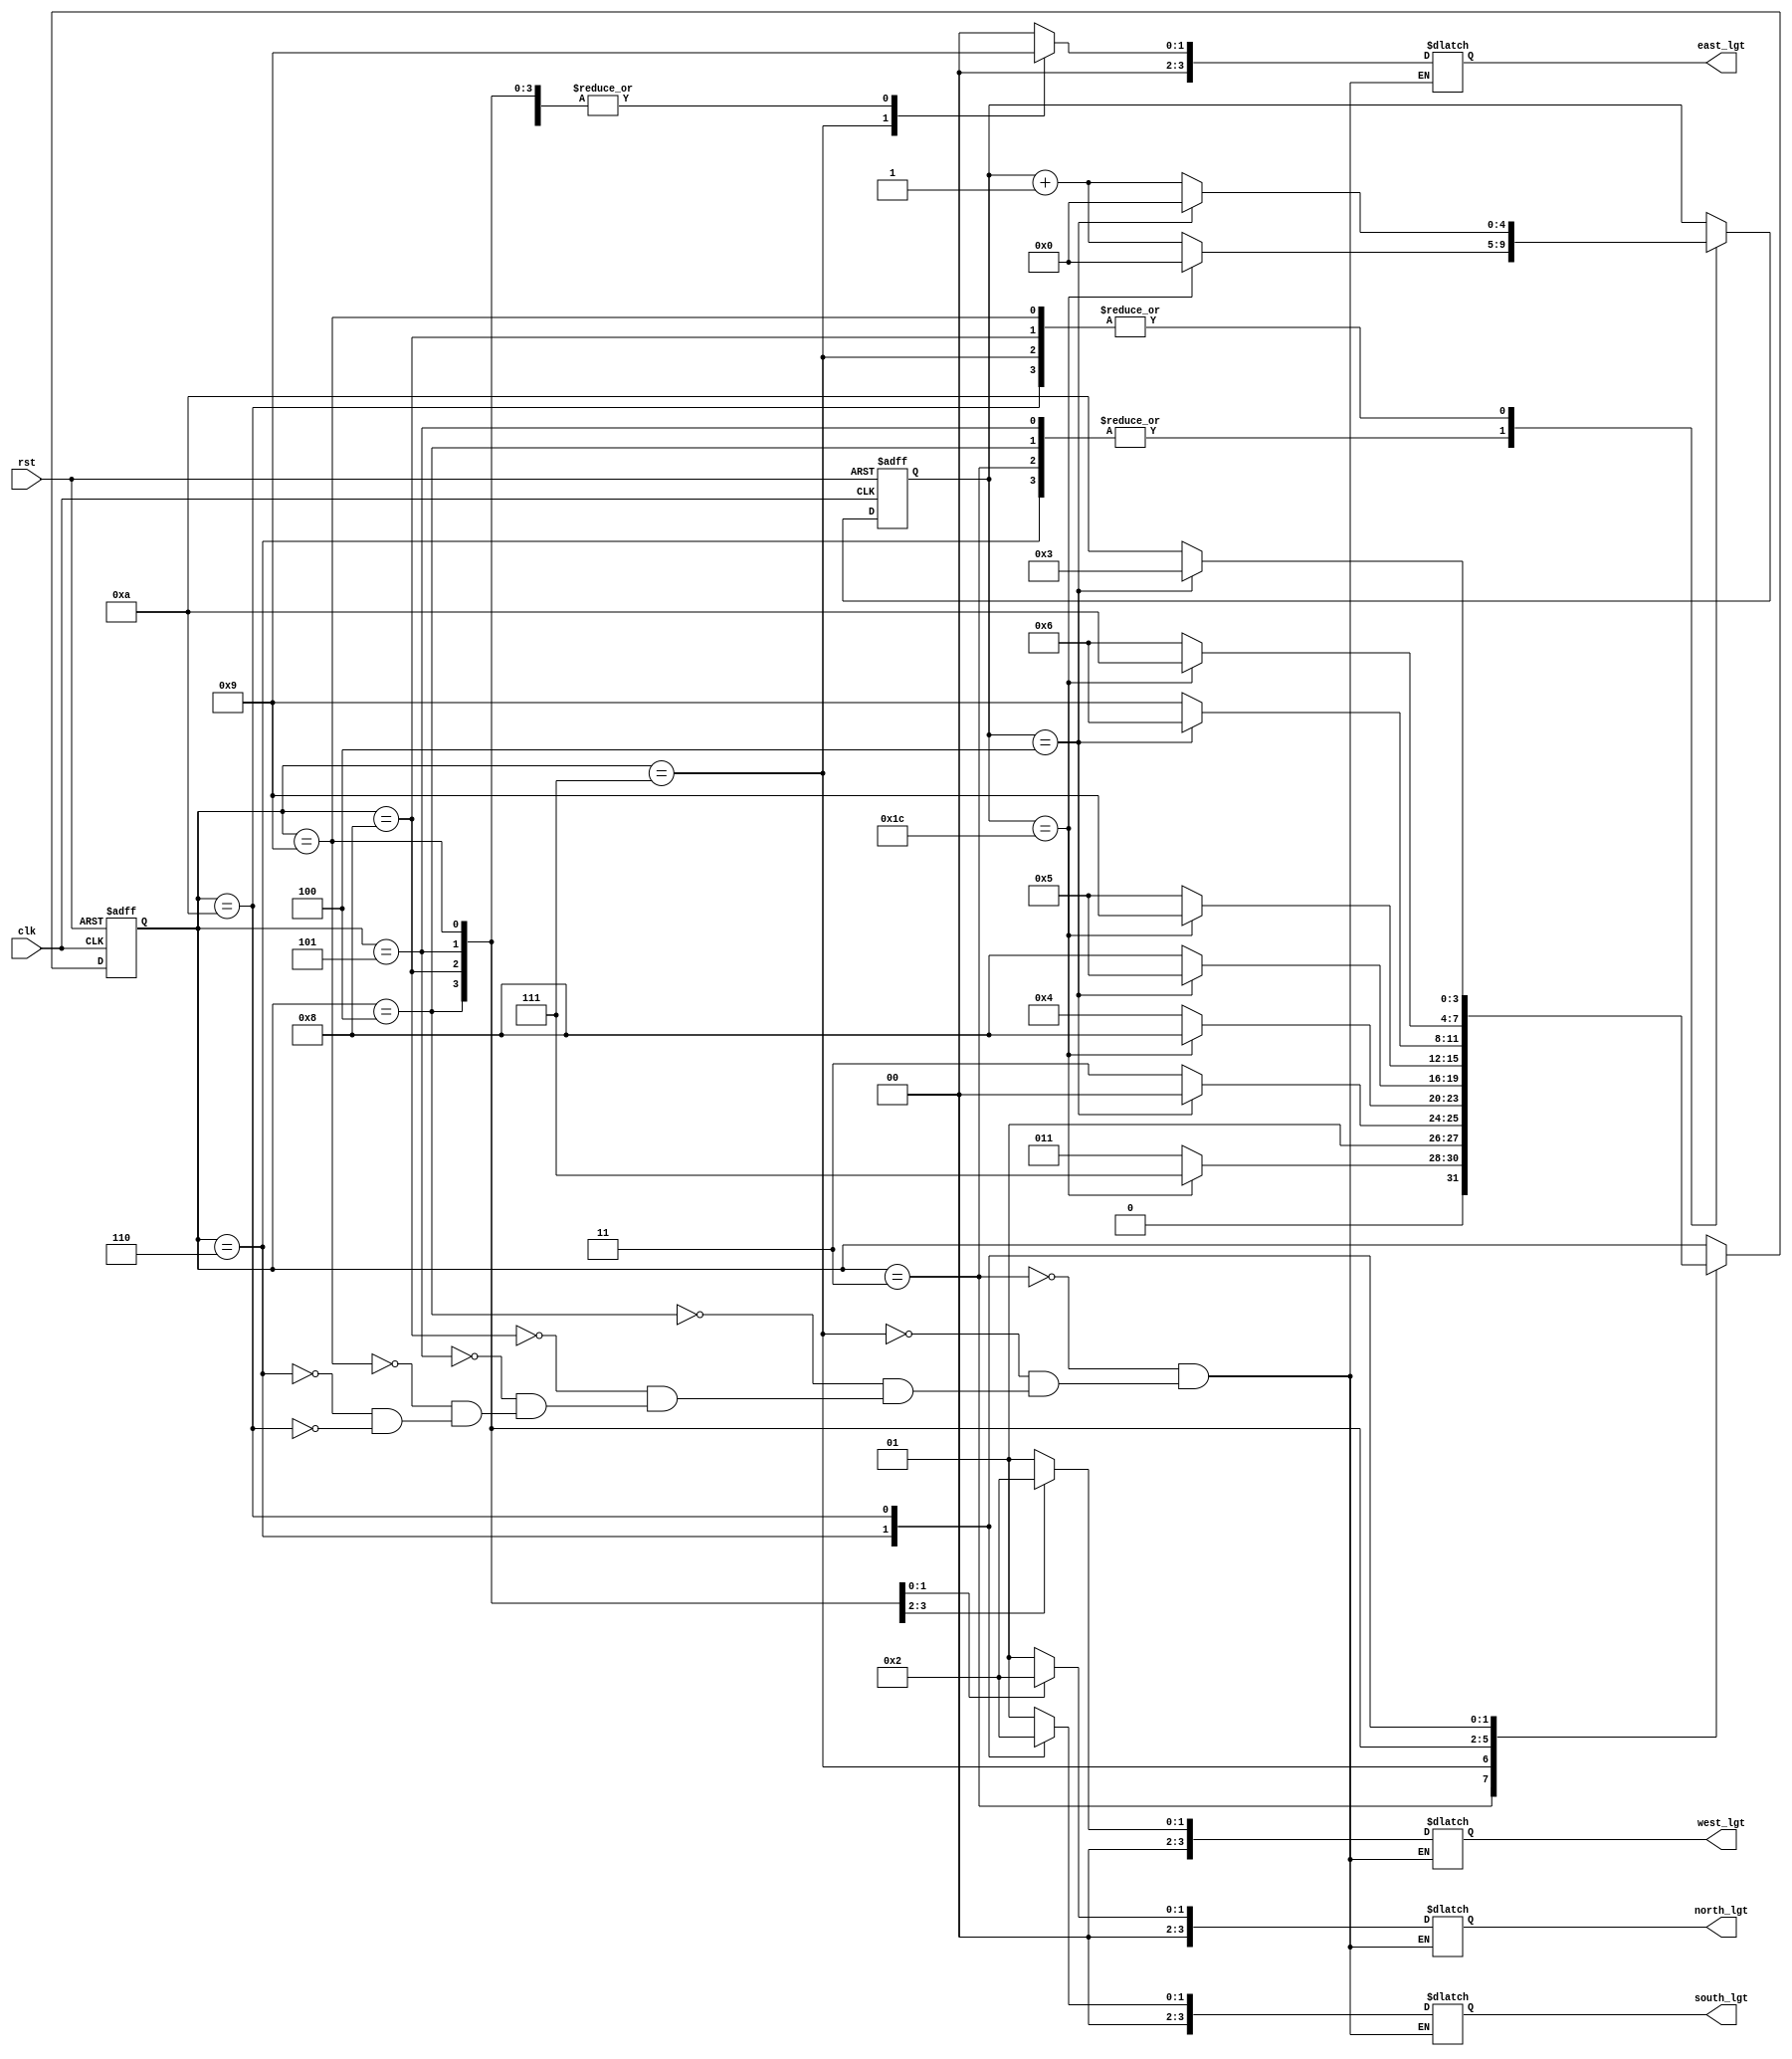
`timescale 1ns / 1ps
//////////////////////////////////////////////////////////////////////////////////
// Company: 
// Engineer: 
// 
// Design Name: 
// Module Name: trf_lgt_cont
// Project Name: 
// Target Devices: 
// Tool Versions: 
// Description: 
// 
// Dependencies: 
// 
// Revision:
// Revision 0.01 - File Created
// Additional Comments:
// 
//////////////////////////////////////////////////////////////////////////////////


module trf_lgt_cont( clk,rst,east_lgt,west_lgt,north_lgt,south_lgt);
input clk,rst;
output reg [3:0] east_lgt,west_lgt,north_lgt,south_lgt;
   

////////////  parameter of signal colour with direction  //////////////////    
parameter green = 4'b000;
parameter red = 4'b0001;
parameter yellow = 4'b0010;
parameter east_gre_lgt = 4'b0011;
parameter west_gre_lgt = 4'b0100;
parameter north_gre_lgt = 4'b0101;
parameter south_gre_lgt = 4'b0110;
parameter east_yel_lgt = 4'b0111;                            
parameter west_yel_lgt = 4'b1000;
parameter north_yel_lgt = 4'b1001;
parameter south_yel_lgt = 4'b1010;

/////////////////////  register to store time and state //////////////////////
reg [4:0]count;
reg [3:0]signal;

///////////////////   defining time to glow the signals w.r.t. colour and direction both ///////////////

always @ (posedge clk or posedge rst) begin

  if (rst) begin
    signal = east_gre_lgt;
    count = 0;
  end
  
  else begin
  
   case(signal)
////////////////////////////////   green signal in east direction ///////////////////   
    east_gre_lgt: begin
    if (count == 5'b11100) begin
        signal = east_yel_lgt;
        count = 0;
    end
    else begin
        signal = east_gre_lgt;
        count = count + 1;
    end
    end
    
////////////////////////////////   yellow signal in east direction ///////////////////   
    east_yel_lgt: begin
    if (count == 5'b00100) begin
        signal = west_gre_lgt;
        count = 0;
    end
    else begin
        signal = east_yel_lgt;
        count = count + 1;
    end
    end
////////////////////////////////   green signal in west direction ///////////////////   
    west_gre_lgt: begin
    if (count == 5'b11100) begin
        signal = west_yel_lgt;
        count = 0;
    end
    else begin
        signal = west_gre_lgt;
        count = count + 1;
    end
    end
////////////////////////////////   yellow signal in west direction ///////////////////   
    west_yel_lgt: begin
    if (count == 5'b00100) begin
        signal = north_gre_lgt;
        count = 0;
    end
    else begin
        signal = west_yel_lgt;
        count = count + 1;
    end
    end
////////////////////////////////   green signal in north direction ///////////////////   
    north_gre_lgt: begin
    if (count == 5'b11100) begin
        signal = north_yel_lgt;
        count = 0;
    end
    else begin
        signal = north_gre_lgt;
        count = count + 1;
    end
    end
////////////////////////////////   yellow signal in north direction ///////////////////   
    north_yel_lgt: begin
    if (count == 5'b00100) begin
        signal = south_gre_lgt;
        count = 0;
    end
    else begin
        signal = north_yel_lgt;
        count = count + 1;
    end
    end
////////////////////////////////   green signal in south direction ///////////////////   
    south_gre_lgt: begin
    if (count == 5'b11100) begin
        signal = south_yel_lgt;
        count = 0;
    end
    else begin
        signal = south_gre_lgt;
        count = count + 1;
    end
    end
////////////////////////////////   yel signal in south direction ///////////////////   
    south_yel_lgt: begin
    if (count == 5'b00100) begin
        signal = east_gre_lgt;
        count = 0;
    end
    else begin
        signal = south_yel_lgt;
        count = count + 1;
    end
    end
    
    endcase
    end
    end
    
 /////////////////////////  signal given to each direction //////////////////
 always @ (signal) begin
 
 case(signal)
 //////////////  green signal to east and remaining direction get red colour //////
   east_gre_lgt: begin
     east_lgt = green;
     west_lgt = red;
     north_lgt = red;   
     south_lgt = red;
 end
 
  //////////////  yellow signal to east and remaining direction get red colour //////
   east_yel_lgt: begin
     east_lgt = yellow;
     west_lgt = red;
     north_lgt = red;   
     south_lgt = red;
 end
 
  //////////////  green signal to west and remaining direction get red colour //////
   west_gre_lgt: begin
     east_lgt = red;
     west_lgt = green;
     north_lgt = red;   
     south_lgt = red;
 end
 
  //////////////  yellow signal to west and remaining direction get red colour //////
   west_yel_lgt: begin
     east_lgt = red;
     west_lgt = yellow;
     north_lgt = red;   
     south_lgt = red;
 end
 
  //////////////  green signal to north and remaining direction get red colour //////
   north_gre_lgt: begin
     east_lgt = red;
     west_lgt = red;
     north_lgt = green;   
     south_lgt = red;
 end
 
  //////////////  yellow signal to north and remaining direction get red colour //////
   north_yel_lgt: begin
     east_lgt = red;
     west_lgt = red;
     north_lgt = yellow;   
     south_lgt = red;
 end
 
  //////////////  green signal to south and remaining direction get red colour //////
   south_gre_lgt: begin
     east_lgt = red;
     west_lgt = red;
     north_lgt = red;   
     south_lgt = green;
 end
 
  //////////////  yellow signal to south and remaining direction get red colour //////
   south_yel_lgt: begin
     east_lgt = red;
     west_lgt = red;
     north_lgt = red;   
     south_lgt = yellow;
 end
 
 endcase
 end   
endmodule